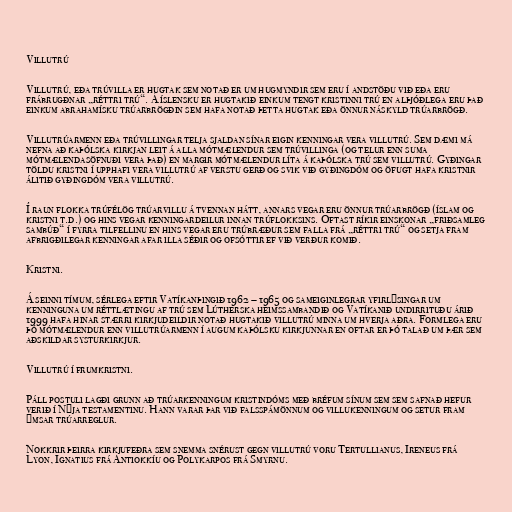
Villutrú

Villutrú, eða trúvilla er hugtak sem notað er um hugmyndir sem eru í andstöðu við eða eru
frábrugðnar „réttri trú“. Á íslensku er hugtakið einkum tengt kristinni trú en alþjóðlega eru það
einkum abrahamísku trúarbrögðin sem hafa notað þetta hugtak eða önnur náskyld trúarbrögð.

Villutrúarmenn eða trúvillingar telja sjaldan sínar eigin kenningar vera villutrú. Sem dæmi má
nefna að kaþólska kirkjan leit á alla mótmælendur sem trúvillinga (og telur enn suma
mótmælendasöfnuði vera það) en margir mótmælendur líta á kaþólska trú sem villutrú. Gyðingar
töldu kristni í upphafi vera villutrú af verstu gerð og svik við gyðingdóm og öfugt hafa kristnir
álitið gyðingdóm vera villutrú.

Í raun flokka trúfélög trúarvillu á tvennan hátt, annars vegar eru önnur trúarbrögð (íslam og
kristni t.d.) og hins vegar kenningardeilur innan trúflokksins. Oftast ríkir einskonar „friðsamleg
sambúð“ í fyrra tilfellinu en hins vegar eru trúbræður sem falla frá „réttri trú“ og setja fram
afbrigðilegar kenningar afar illa séðir og ofsóttir ef við verður komið.

Kristni.

Á seinni tímum, sérlega eftir Vatíkanþingið 1962 – 1965 og sameiginlegrar yfirlýsingar um
kenninguna um réttlætingu af trú sem Lútherska heimssambandið og Vatíkanið undirrituðu árið
1999 hafa hinar stærri kirkjudeildir notað hugtakið villutrú minna um hverja aðra. Formlega eru
þó mótmælendur enn villutrúarmenn í augum kaþólsku kirkjunnar en oftar er þó talað um þær sem
aðskildar systurkirkjur.

Villutrú í frumkristni.

Páll postuli lagði grunn að trúarkenningum kristindóms með bréfum sínum sem sem safnað hefur
verið í Nýja testamentinu. Hann varar þar við falsspámönnum og villukenningum og setur fram
ýmsar trúarreglur.

Nokkrir þeirra kirkjufeðra sem snemma snérust gegn villutrú voru Tertullianus, Ireneus frá
Lyon, Ignatius frá Antiokkíu og Polykarpos frá Smyrnu.